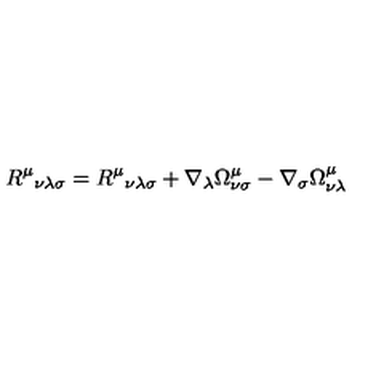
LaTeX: R ^ { \mu } { } _ { \nu \lambda \sigma } = R ^ { \mu } { } _ { \nu \lambda \sigma } + \nabla _ { \lambda } \Omega _ { \nu \sigma } ^ { \mu } - \nabla _ { \sigma } \Omega _ { \nu \lambda } ^ { \mu }